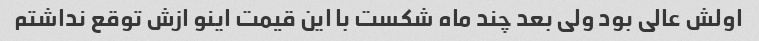
اولش عالی بود ولی بعد چند ماه شکست با این قیمت اینو ازش توقع نداشتم